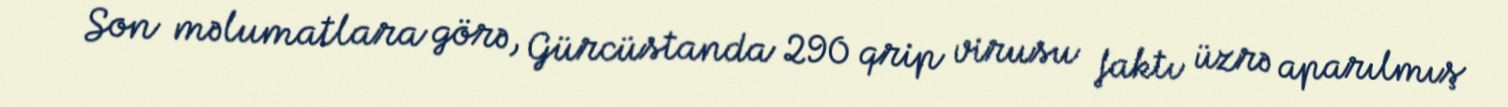
Son məlumatlara görə, Gürcüstanda 290 qrip virusu faktı üzrə aparılmış